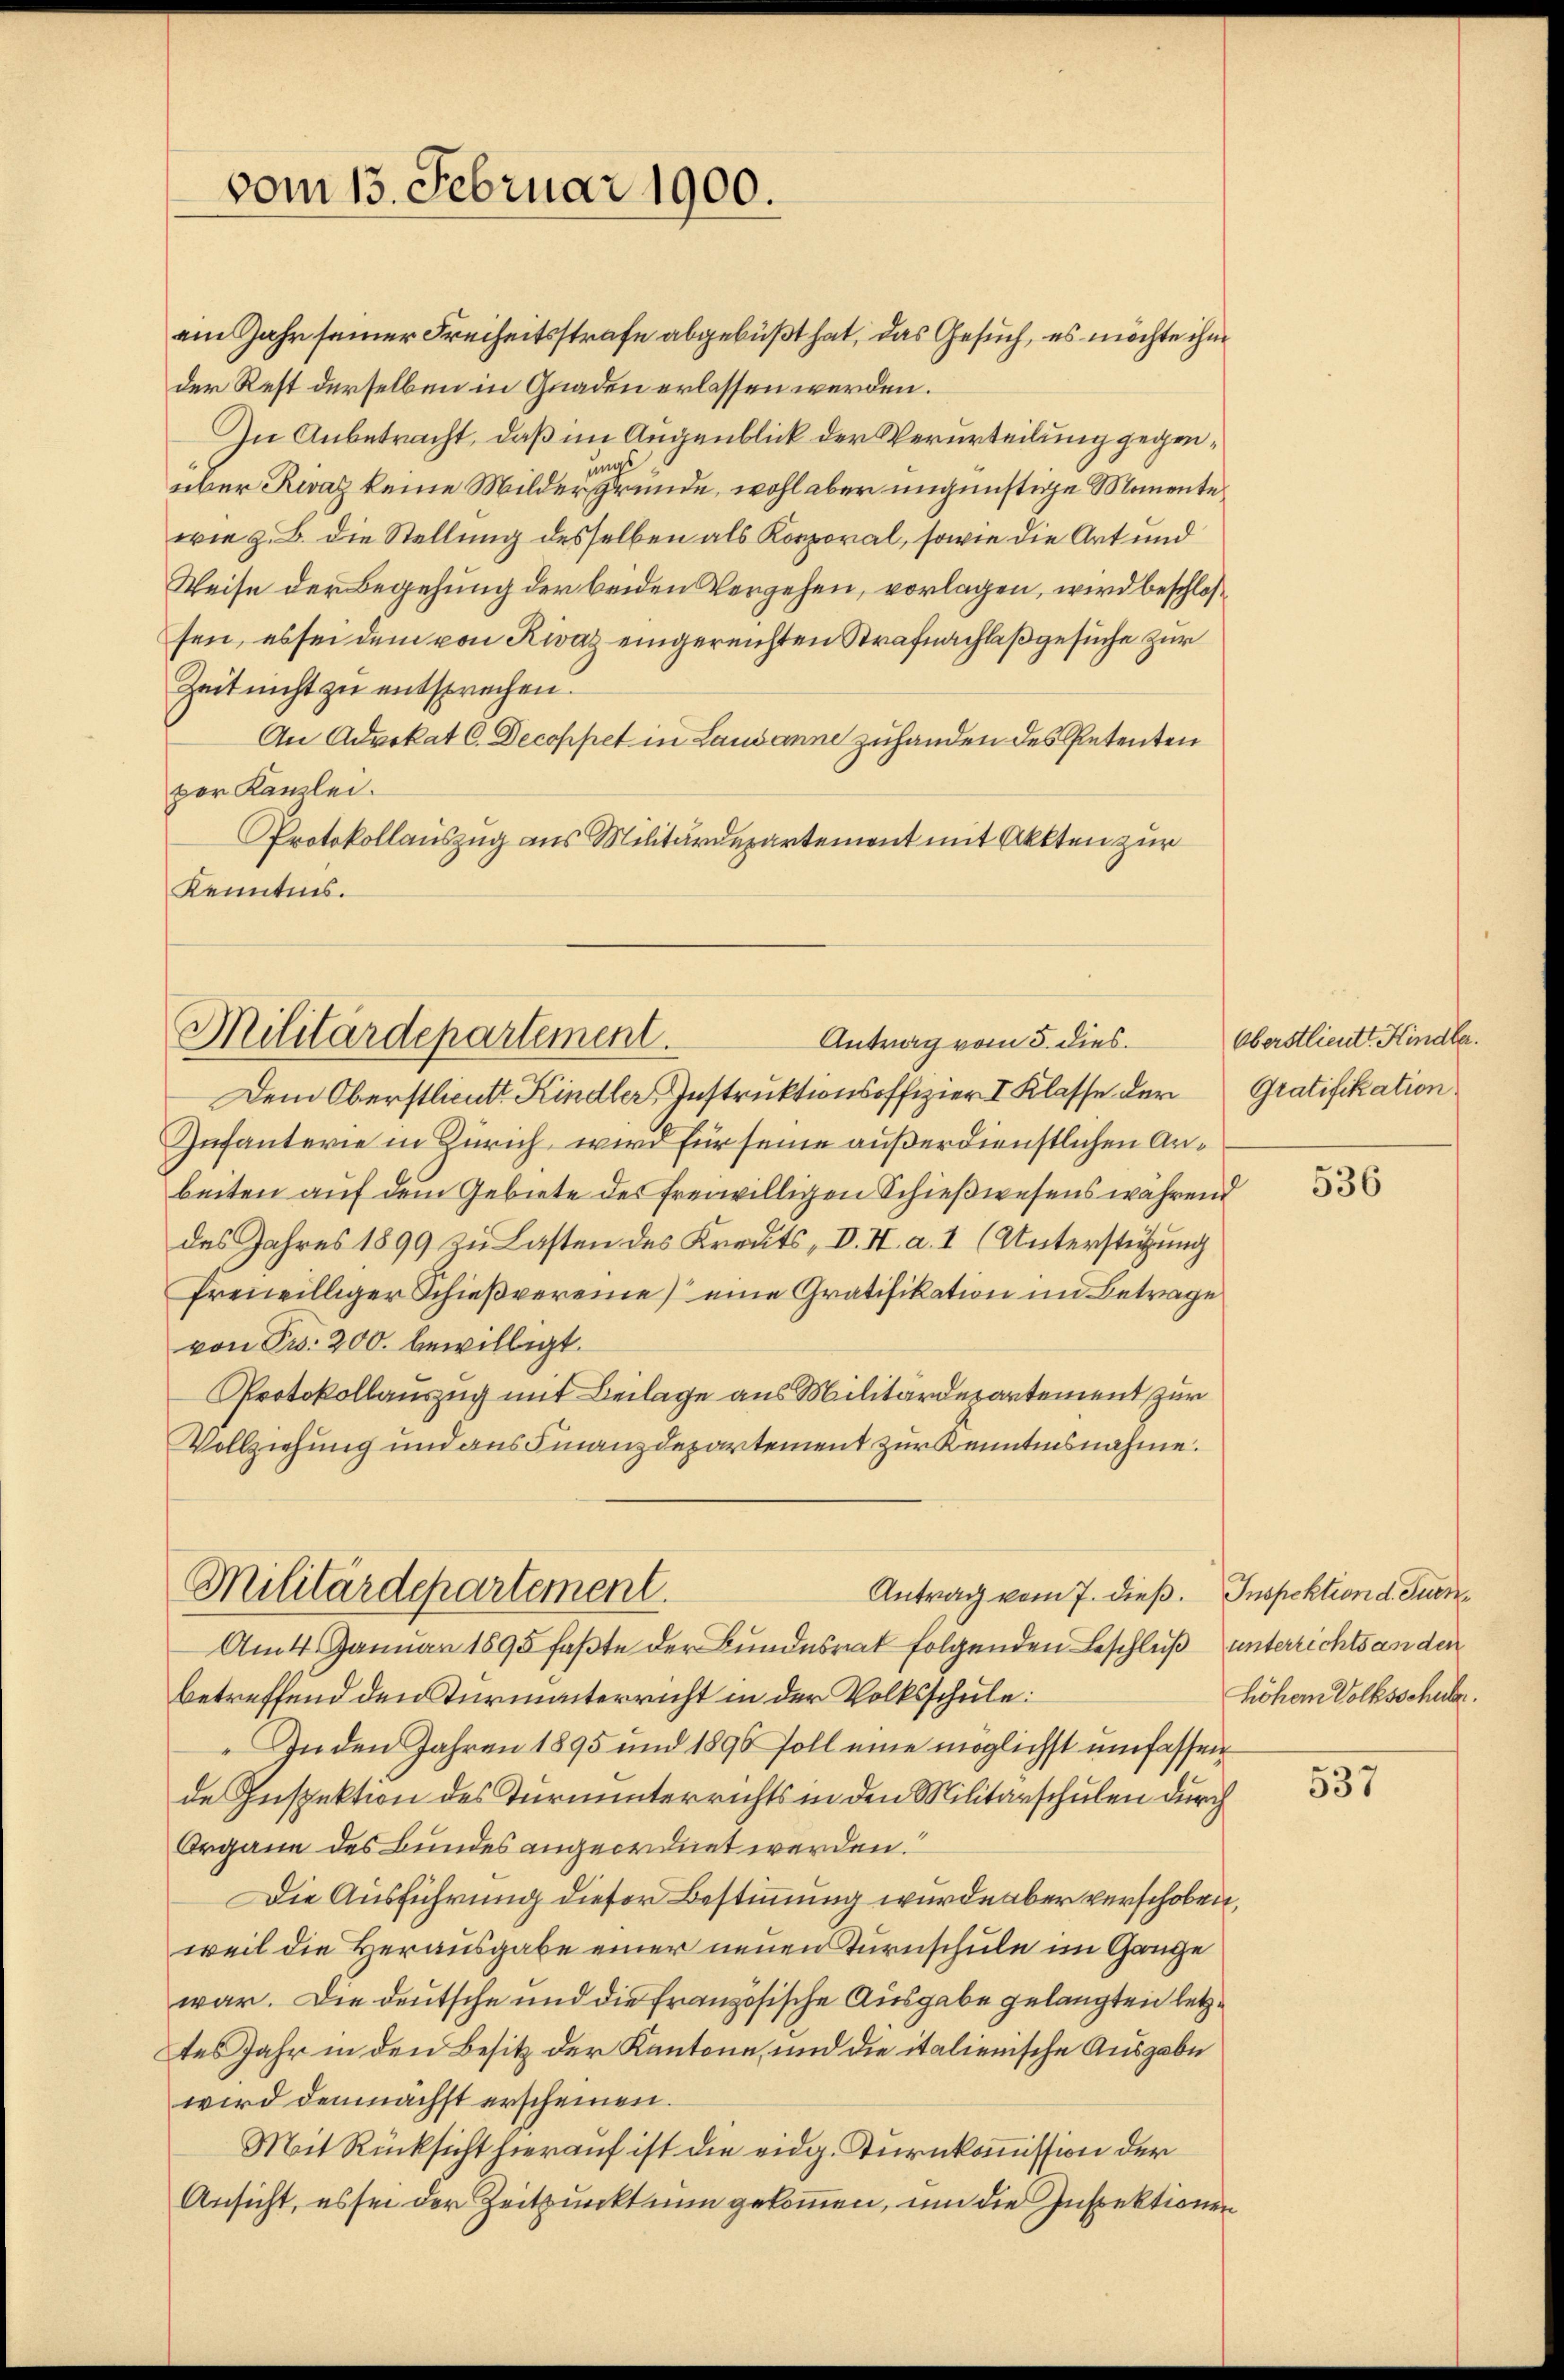
vom 13. Februar 1900.

Militärdepartement.
Antrag vom 5. dies

Militärdepartement.

ein Jahr seiner Freiheitsstrafe abgebüßt hat, das Gesuch, es möchte ihm
der Rest derselben in Gnaden erlassen werden.
In Anbetracht, daß im Augenblick der Verurteilung gegenüber Rwaz keine Milder Grunde, wohl aber ungünstige Momente
wie z. B. die Stellung desselben als Korporal, sowie die Art und
Weise der Begehung der beiden Vergehen, vorlagen, wird beschlossen, es sei dem von Rivaz eingereichten Strafnachlaß gesuche zur
Zeit nicht zu entsprechen.
An Advokat C. Decoppet in Lausanne zuhanden des Petenten
per Kanzlei.
Protokollauszug aus Militärdepartement mit Akten zur
Kenntnis.

Dem Oberstlieut. Kindler Instruktionsoffizier I. Klasse der
Infanterie in Zürich, wird für seine außerdienstlichen Anbeiten auf dem Gebiete des freiwilligen Schießwesens während
des Jahres 1899 zu Lasten des Kreuts - V. I. a. I (Unterstützung
freiwilliger Schießvereine eine Gratifikation im Betrage
von Fr. 200. bewilligt.
Protokollauszug mit Beilage aus Militärdepartement zur
Vollziehung und aus Finanzdepartement zur Kenntnisnahme.

Antrag vom 7. dieß. Inspektion d. Turn¬
Am 4. Januar 1895 faßte der Bundesrat folgenden Beschluß unterrichts an den
betreffend den Turmanterricht in der Volksschule:
In den Jahren 1895 und 1896 soll eine möglichst umfassen
de Inspektion des Turninterrichts in den Militärschulen durch
Organe des Bundes angeordnet werden.
Die Ausführung dieser Bestimmung wurde aber verschoben,
weil die Herausgabe einer neuen Turnschule im Gange
war. Die deutsche und die französische Ausgabe gelangten letztes Jahr in den Besitz der Kantone, und die italienische Ausgabe
wird demnächst erscheinen.
Mit Rücksicht hierauf ist die eidg. Turnkommission der
Ansicht, es sei der Zeitpunkt nun gekommen, um die Inspektionen

Oberstlieutt Kindle.
Gratifikation.

536

höhern Volksschuber.

537